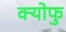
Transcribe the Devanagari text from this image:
क्योफु